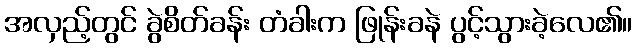
အလှည့်တွင် ခွဲစိတ်ခန်း တံခါးက ဖြုန်းခနဲ ပွင့်သွားခဲ့လေ၏။